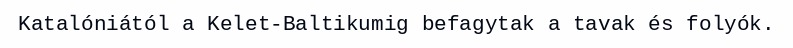
Katalóniától a Kelet-Baltikumig befagytak a tavak és folyók.